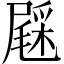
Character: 𨤔